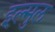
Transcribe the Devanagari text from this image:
इल्मुल